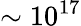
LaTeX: \sim 10^{17}